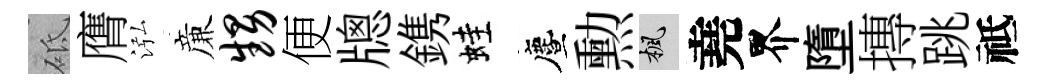
砥膺泓亷甥便牕鎸蛙󵨌勲楓堯界墮摶跳祗